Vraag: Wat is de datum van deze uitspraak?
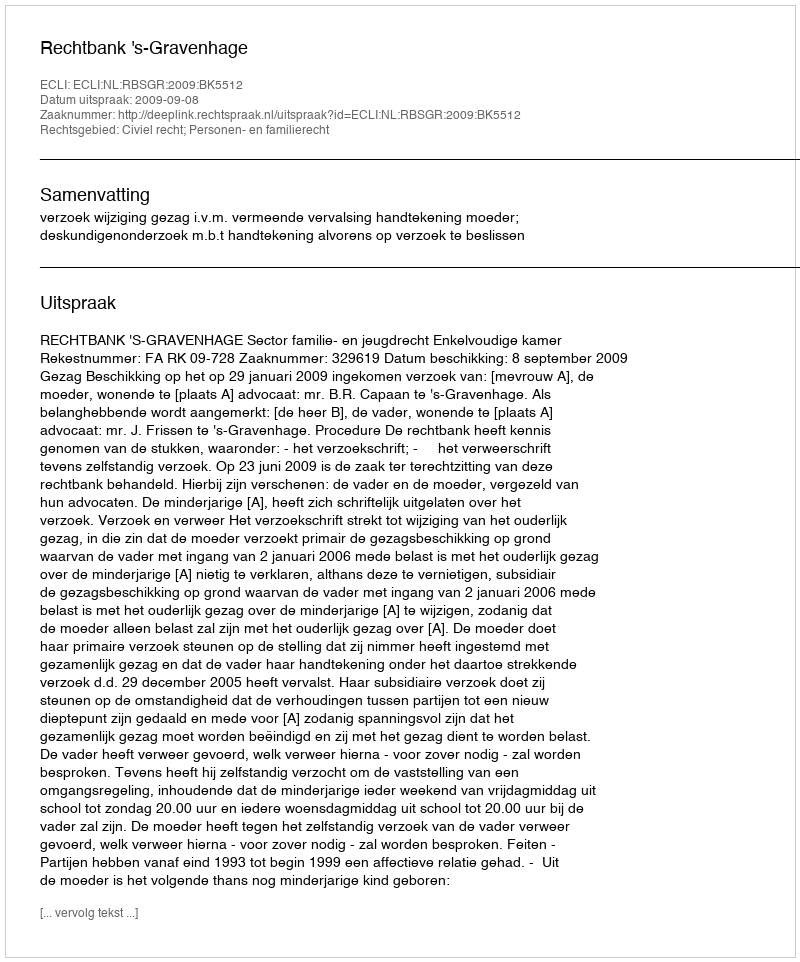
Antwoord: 2009-09-08